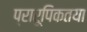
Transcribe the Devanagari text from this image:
प्रारूपिकतया